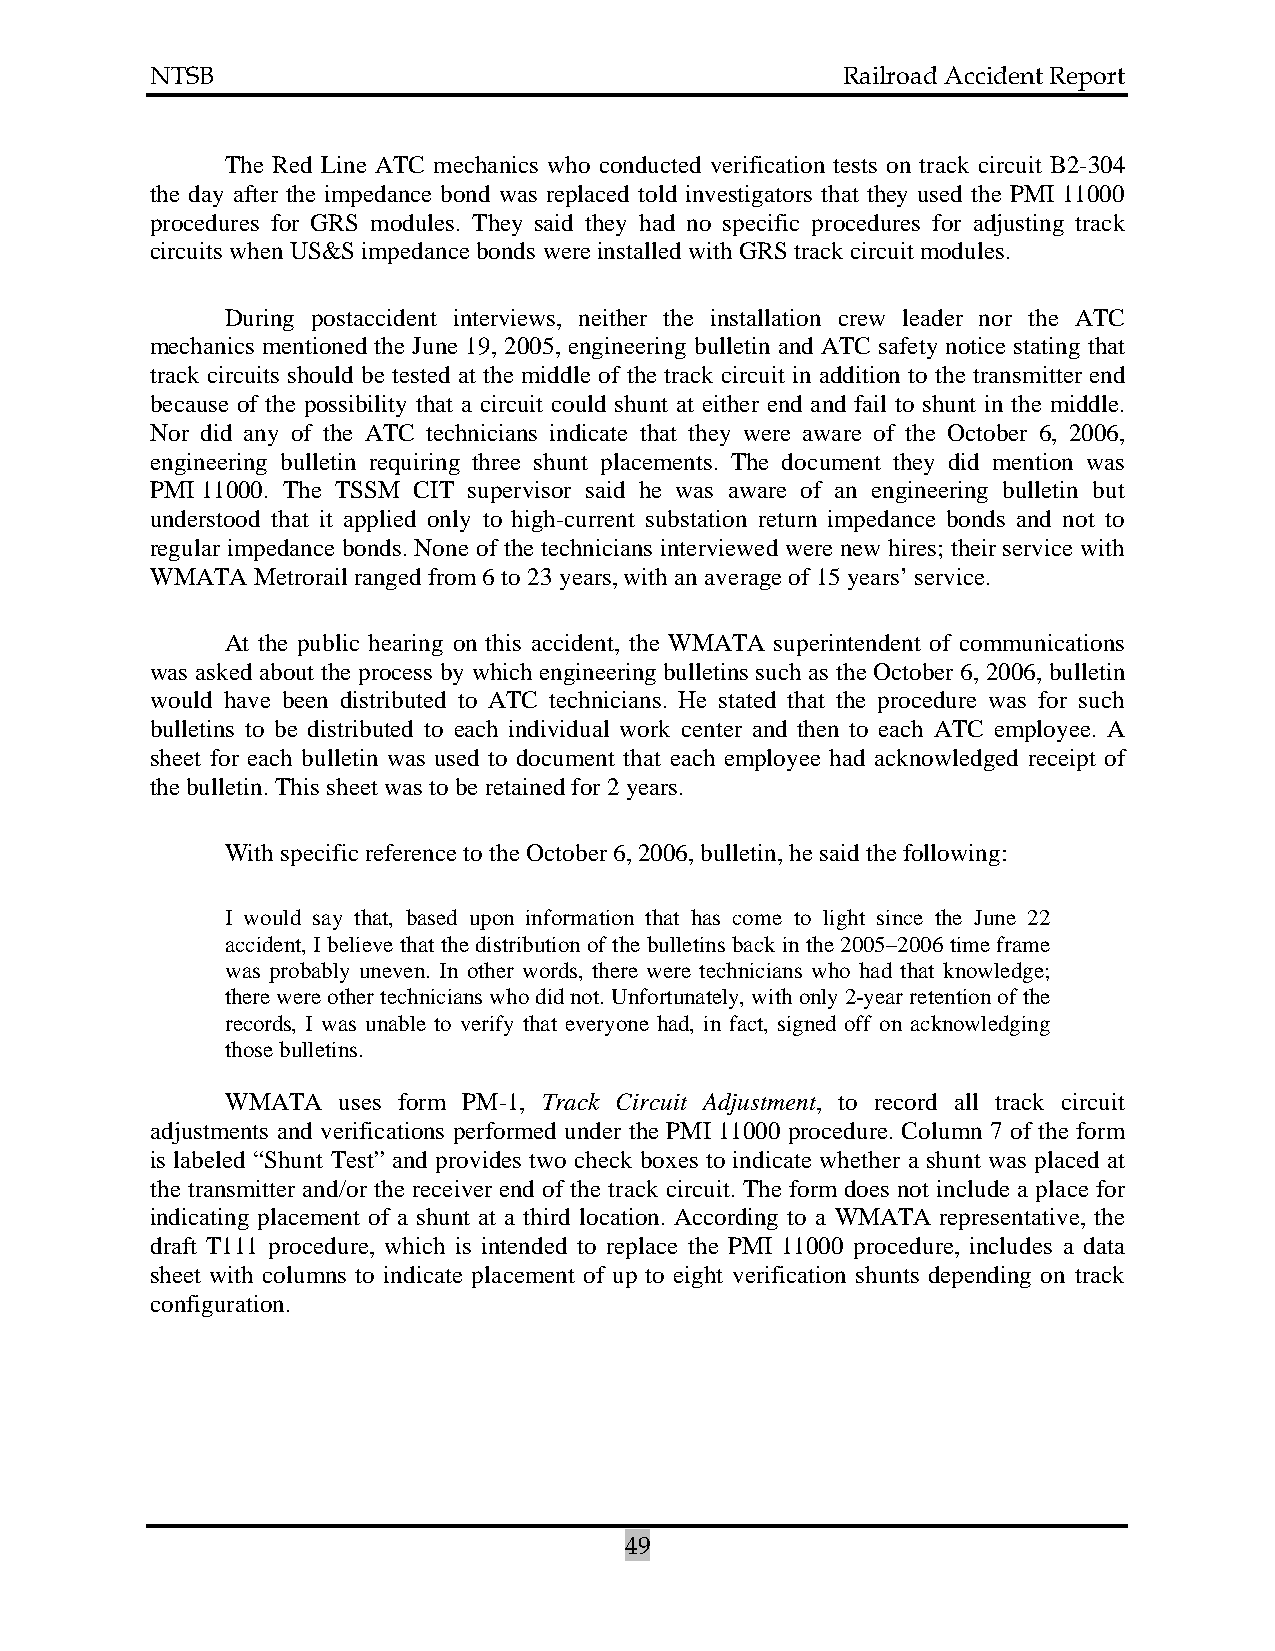
NTSB                                          Railroad Accident Report
 The Red Line ATC mechanics who conducted verification tests on track circuit B2-304
 the day after the impedance bond was replaced told investigators that they used the PMI 11000
 procedures for GRS modules. They said they had no specific procedures for adjusting track
 circuits when US&S impedance bonds were installed with GRS track circuit modules.
 During postaccident interviews, neither the installation crew leader nor the ATC
 mechanics mentioned the June 19, 2005, engineering bulletin and ATC safety notice stating that
 track circuits should be tested at the middle of the track circuit in addition to the transmitter end
 because of the possibility that a circuit could shunt at either end and fail to shunt in the middle.
 Nor did any of the ATC technicians indicate that they were aware of the October 6, 2006,
 engineering bulletin requiring three shunt placements. The document they did mention was
 PMI 11000. The TSSM CIT supervisor said he was aware of an engineering bulletin but
 understood that it applied only to high-current substation return impedance bonds and not to
 regular impedance bonds. None of the technicians interviewed were new hires; their service with
 WMATA  Metrorail ranged from 6 to 23 years, with an average of 15 years’ service.
 At the public hearing on this accident, the WMATA superintendent of communications
 was asked about the process by which engineering bulletins such as the October 6, 2006, bulletin
 would have been distributed to ATC technicians. He stated that the procedure was for such
 bulletins to be distributed to each individual work center and then to each ATC employee. A
 sheet for each bulletin was used to document that each employee had acknowledged receipt of
 the bulletin. This sheet was to be retained for 2 years.
 With specific reference to the October 6, 2006, bulletin, he said the following:
 I would say that, based upon information that has come to light since the June 22
 accident, I believe that the distribution of the bulletins back in the 2005–2006 time frame
 was probably uneven. In other words, there were technicians who had that knowledge;
 there were other technicians who did not. Unfortunately, with only 2-year retention of the
 records, I was unable to verify that everyone had, in fact, signed off on acknowledging
 those bulletins.
 WMATA  uses form PM-1, Track Circuit Adjustment, to record all track circuit
 adjustments and verifications performed under the PMI 11000 procedure. Column 7 of the form
 is labeled “Shunt Test” and provides two check boxes to indicate whether a shunt was placed at
 the transmitter and/or the receiver end of the track circuit. The form does not include a place for
 indicating placement of a shunt at a third location. According to a WMATA representative, the
 draft T111 procedure, which is intended to replace the PMI 11000 procedure, includes a data
 sheet with columns to indicate placement of up to eight verification shunts depending on track
 configuration.
 49